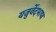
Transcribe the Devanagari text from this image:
यजुर्वेदभाष्य